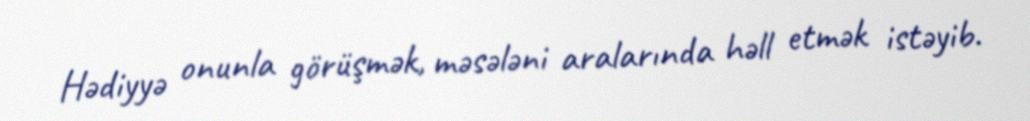
Hədiyyə onunla görüşmək, məsələni aralarında həll etmək istəyib.